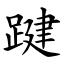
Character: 踺